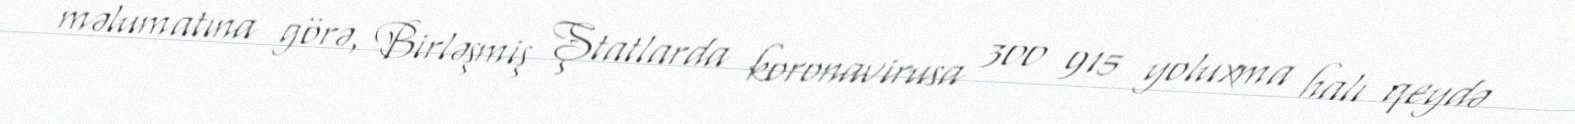
məlumatına görə, Birləşmiş Ştatlarda koronavirusa 300 915 yoluxma halı qeydə